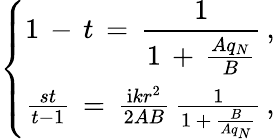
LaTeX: \left\{ \begin{array}{l}{\displaystyle 1\, -\, t\, =\, \frac 1{1\, +\, \frac{Aq_{N}}B}\, ,}\\ {\frac{st}{t-1}\, =\, \frac{\mathrm{i}kr^{2}}{2AB}\, \frac 1{1\, +\, \frac B{Aq_{N}}}\, ,}\end{array}\right.